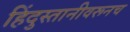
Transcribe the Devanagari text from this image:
हिंदुस्तानीवरूनच